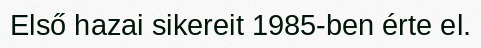
Első hazai sikereit 1985-ben érte el.